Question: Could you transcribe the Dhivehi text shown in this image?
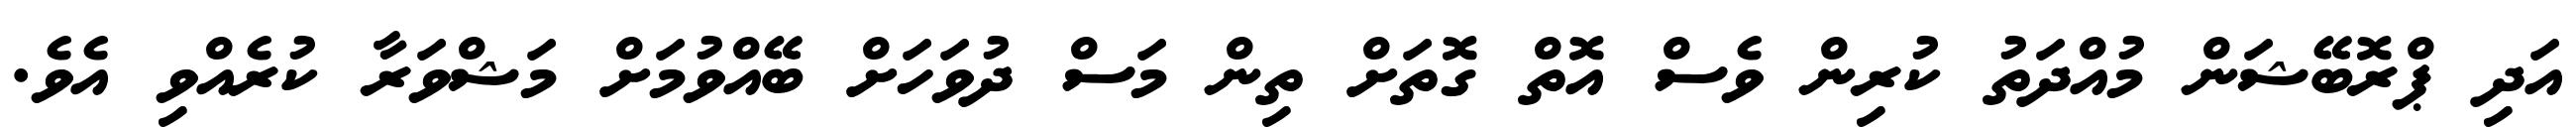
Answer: އަދި ޕްރޮބޭޝަން މުއްދަތު ކުރިން ވެސް އޮތް ގޮތަށް ތިން މަސް ދުވަހަށް ބޭއްވުމަށް މަޝްވަރާ ކުރެއްވި އެވެ.